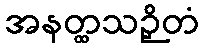
အနတ္ထသဉှိတံ